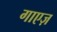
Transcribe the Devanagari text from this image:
गाएज़